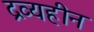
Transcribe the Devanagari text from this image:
द्रव्यहीन